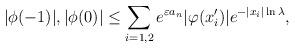
LaTeX: \begin{align*} |\phi(-1)|, |\phi(0)| \leq \sum_{i=1,2} e^{\varepsilon a_n}|\varphi(x_i^{\prime})|e^{-|x_i|\ln \lambda },\end{align*}